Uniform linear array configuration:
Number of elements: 64
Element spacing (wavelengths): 0.5
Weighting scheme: hann
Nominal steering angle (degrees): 15
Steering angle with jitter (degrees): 14.128
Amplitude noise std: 0.05
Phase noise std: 0.05

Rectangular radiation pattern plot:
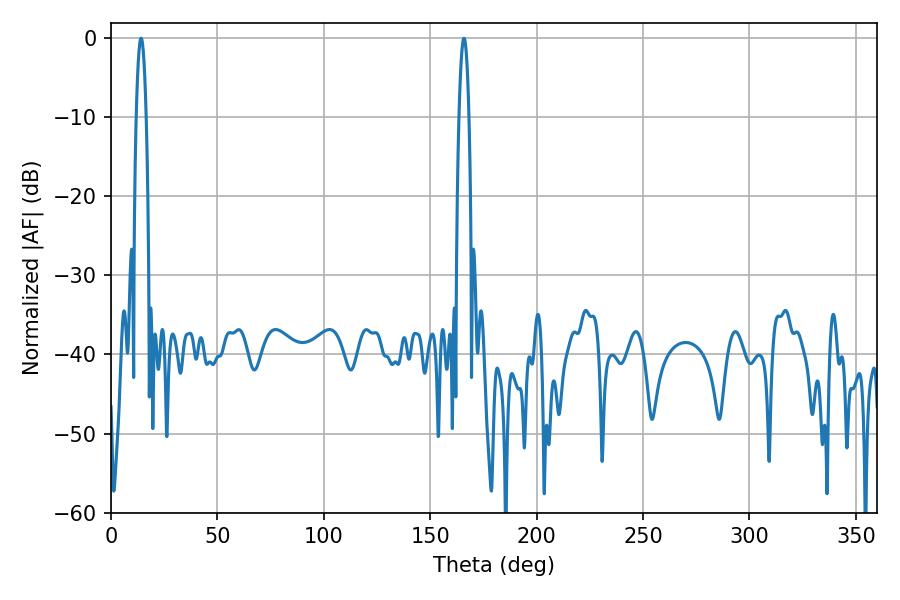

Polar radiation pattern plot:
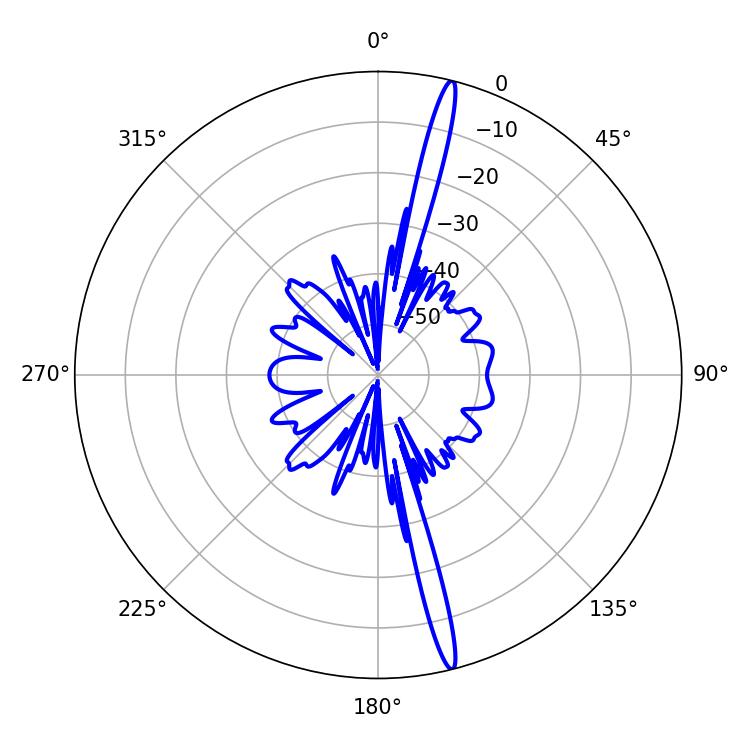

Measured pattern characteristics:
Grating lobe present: FALSE
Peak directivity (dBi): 19.19
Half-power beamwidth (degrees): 2.52
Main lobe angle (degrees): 165.78